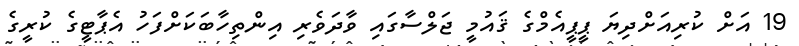
19 އަށް ކުރިއަށްދިޔަ ޕީޕީއެމްގެ ޤައުމީ ޖަލްސާގައި ވާދަވެރި އިންތިހާބަކަށްފަހު އެޕާޓީގެ ކުރީގެ